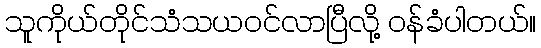
သူကိုယ်တိုင်သံသယဝင်လာပြီလို့ ဝန်ခံပါတယ်။